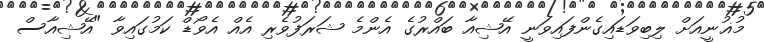
މުޣުނީއަށް ލިބިވަޑައިގެންފައިވަނީ އޭޝިއާ ބައްރުގެ އެންމެ ޝަރަފުވެރި އެއް އެވޯޑް ކަމުގައިވާ "އޭޝިއާސް